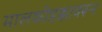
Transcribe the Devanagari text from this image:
मालकीहक्कावरून